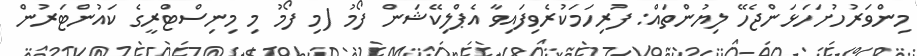
މިންވަރުހުށަހަޅަންޖެހޭ ލިޔުންތައް: ފުރިހަމަކުރެވިފައިވާ އެޕްލިކޭޝަން ފޯމު (މި ފޯމު މި މިނިސްޓްރީގެ ކައުންޓަރުން